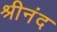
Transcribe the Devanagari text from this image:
श्रीनंद